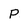
Character: P